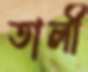
তালী